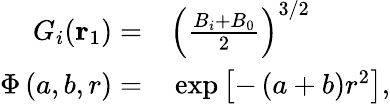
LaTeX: \begin{array}{rl}{G_{i}(\mathbf{r}_{1})=}&{{}\left(\frac{B_{i}+B_{0}}{2}\right)^{3/2}}\\ {\Phi\left(a,b,r\right)=}&{{}\exp\left[-\left(a+b\right)r^{2}\right],}\end{array}